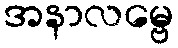
အနာလမ္ဗေ